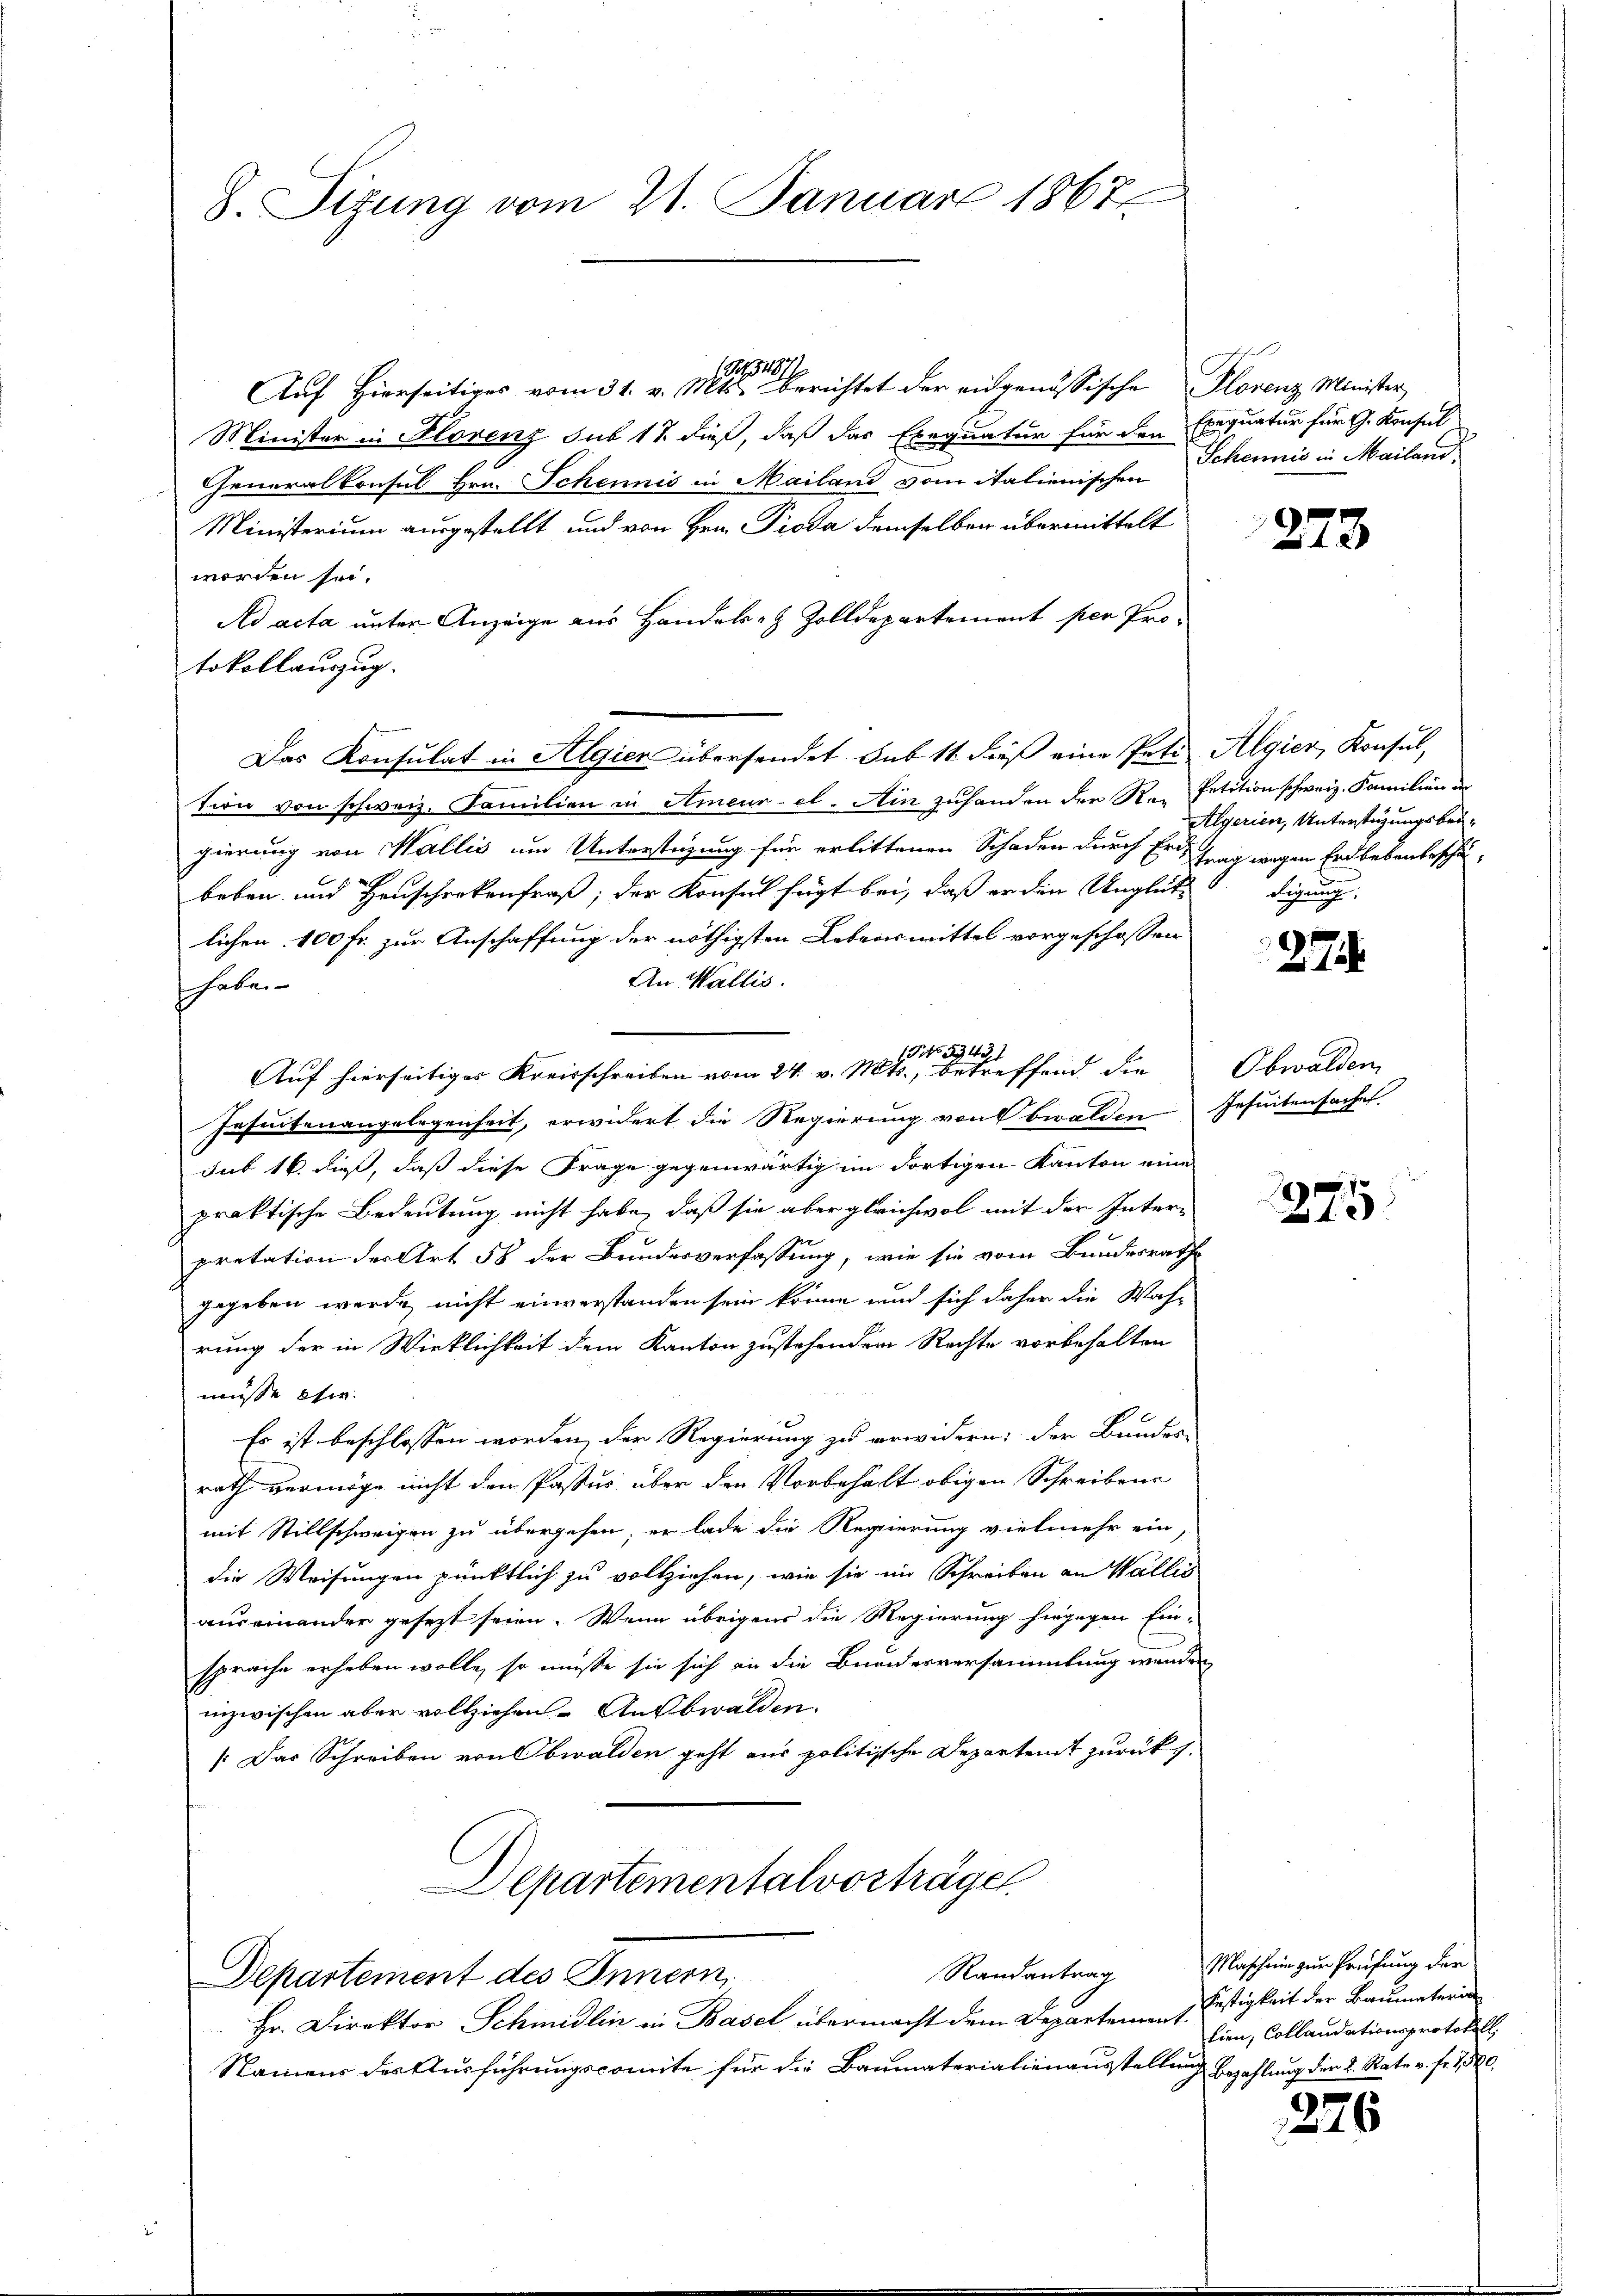
1297
S.
Auf Hierseitiges vom 31. v. Mts. berichtet der eingenössische Plorenz Minister
Minister in Florenz sub 17 dieß, daß das Exequatur für den Exequatur für G. Konsul
Generalkonsul Hrn. Schennis in Mailand vom italienischen Scheinis in Mailand
Ministerium ausgestellt und von Hrn. Proda demselben übermittelt
worden sei.
Ad acta unter Anzeige aus Handels- & Zolldepartement per Protokollauszug.
tion von schweiz. Familien in Ameur- el. Ain zuhanden den Re- Petition schweiz. Familien in
gierung von Wallis um Unterstüzung für erlittenen Schaden durch Ertrag wegen Erdbebenbeschäbeben und Heuschenkenfraß; der Konsul fügt bei, daß er den Unglück-
lichen 100 fr. zur Anschaffung der nöthigsten Lebensmittel vorgeschossen
An Wallis.
shabe.
No. 53431
Auf hierseitiger Kreisschreiben vom 24. v. Mts., betreffend die
Insuitenangelegenheit, erwidert die Regierung von bwalden Jesuitensachen.
sub 16 dieß, daß diese Frage gegenwärtig im dortigen Kanton eine
praktische Bedeutung nicht habe, daß sie aber gleichwol mit der Interpretation der Art 58 der Bundesverfassung, wie sie vom Bundesrathe
gegeben werde, nicht einverstanden sein könne und sich daher die Was-
rung der in Wirklichkeit dem Kanton zustehenden Rechte vorbehalten
müsse ei
Es ist beschlossen worden, der Regierung zu erwidern: der Bundes-
rath vermöge nicht den Pastus über den Vorbehalt obigen Schreibens
mit Stillschweigen zu übergehen, er lade die Regierung vielmehr ein,
die Weisungen pünktlich zu vollziehen, wie sie im Schreiben an Wallis
auseinander gesezt seien. Wenn übrigens die Regierung hingegen Ein-
sprache erheben wolle, so müsse sie sich an die Bunderversammlung werden
inzwischen aber vollziehen. Ausbwalden.
Das Schreiben von Obwalden geht aus politische Departeit zurück.
Departementalvorträge

8. Sizung vom 21. Januar 1867.

Das Konsulat in Algien übersendet sub 11 dieß eine Peti Algier, Konsul,

Randantrag
Departement des Innern,

Hr. Direktor Schmidlin in Basel übermacht dem Departement
Namens der Ausführungscomite für die Baumaterialienausstellung bezahlung der 2. Rate v. fr. 750.

273

Algerien, Unterstüzungsbei¬
Führung

274.

Obwalden

7
f

226

Mascheine zur Prüfung der
Festigkeit der Baumateria
lien, Collaudationsprotokoll.